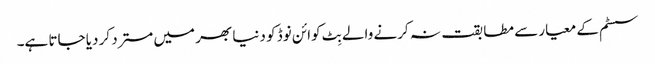
سسٹم کے معیار سے مطابقت نہ کرنے والے بِٹ کوائن نوڈ کو دنیا بھر میں مسترد کر دیا جاتا ہے۔